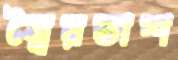
স্বৈরতাশ